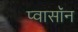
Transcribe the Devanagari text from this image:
प्वासॉन